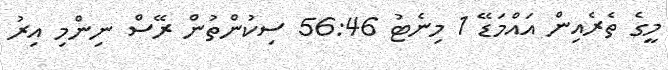
މީގެ ތެރެއިން އައްމަޑޭ 1 މިނެޓު 56:46 ސިކުންތުން ރޭސް ނިންމި އިރު